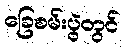
ခြေစမ်းပွဲတွင်